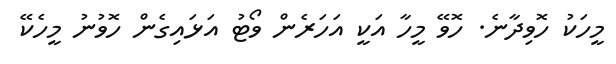
މީހަކު ހޮވިދާނެ. ހޮވޭ މީހާ އަކީ އަހަރެން ވޯޓު އަޅައިގެން ހޮވުނު މީހެކޭ